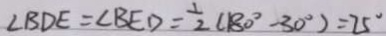
\angle B D E = \angle B E D = \frac { 1 } { 2 } ( 1 8 0 ^ { \circ } - 3 0 ^ { \circ } ) = 2 5 ^ { \circ }